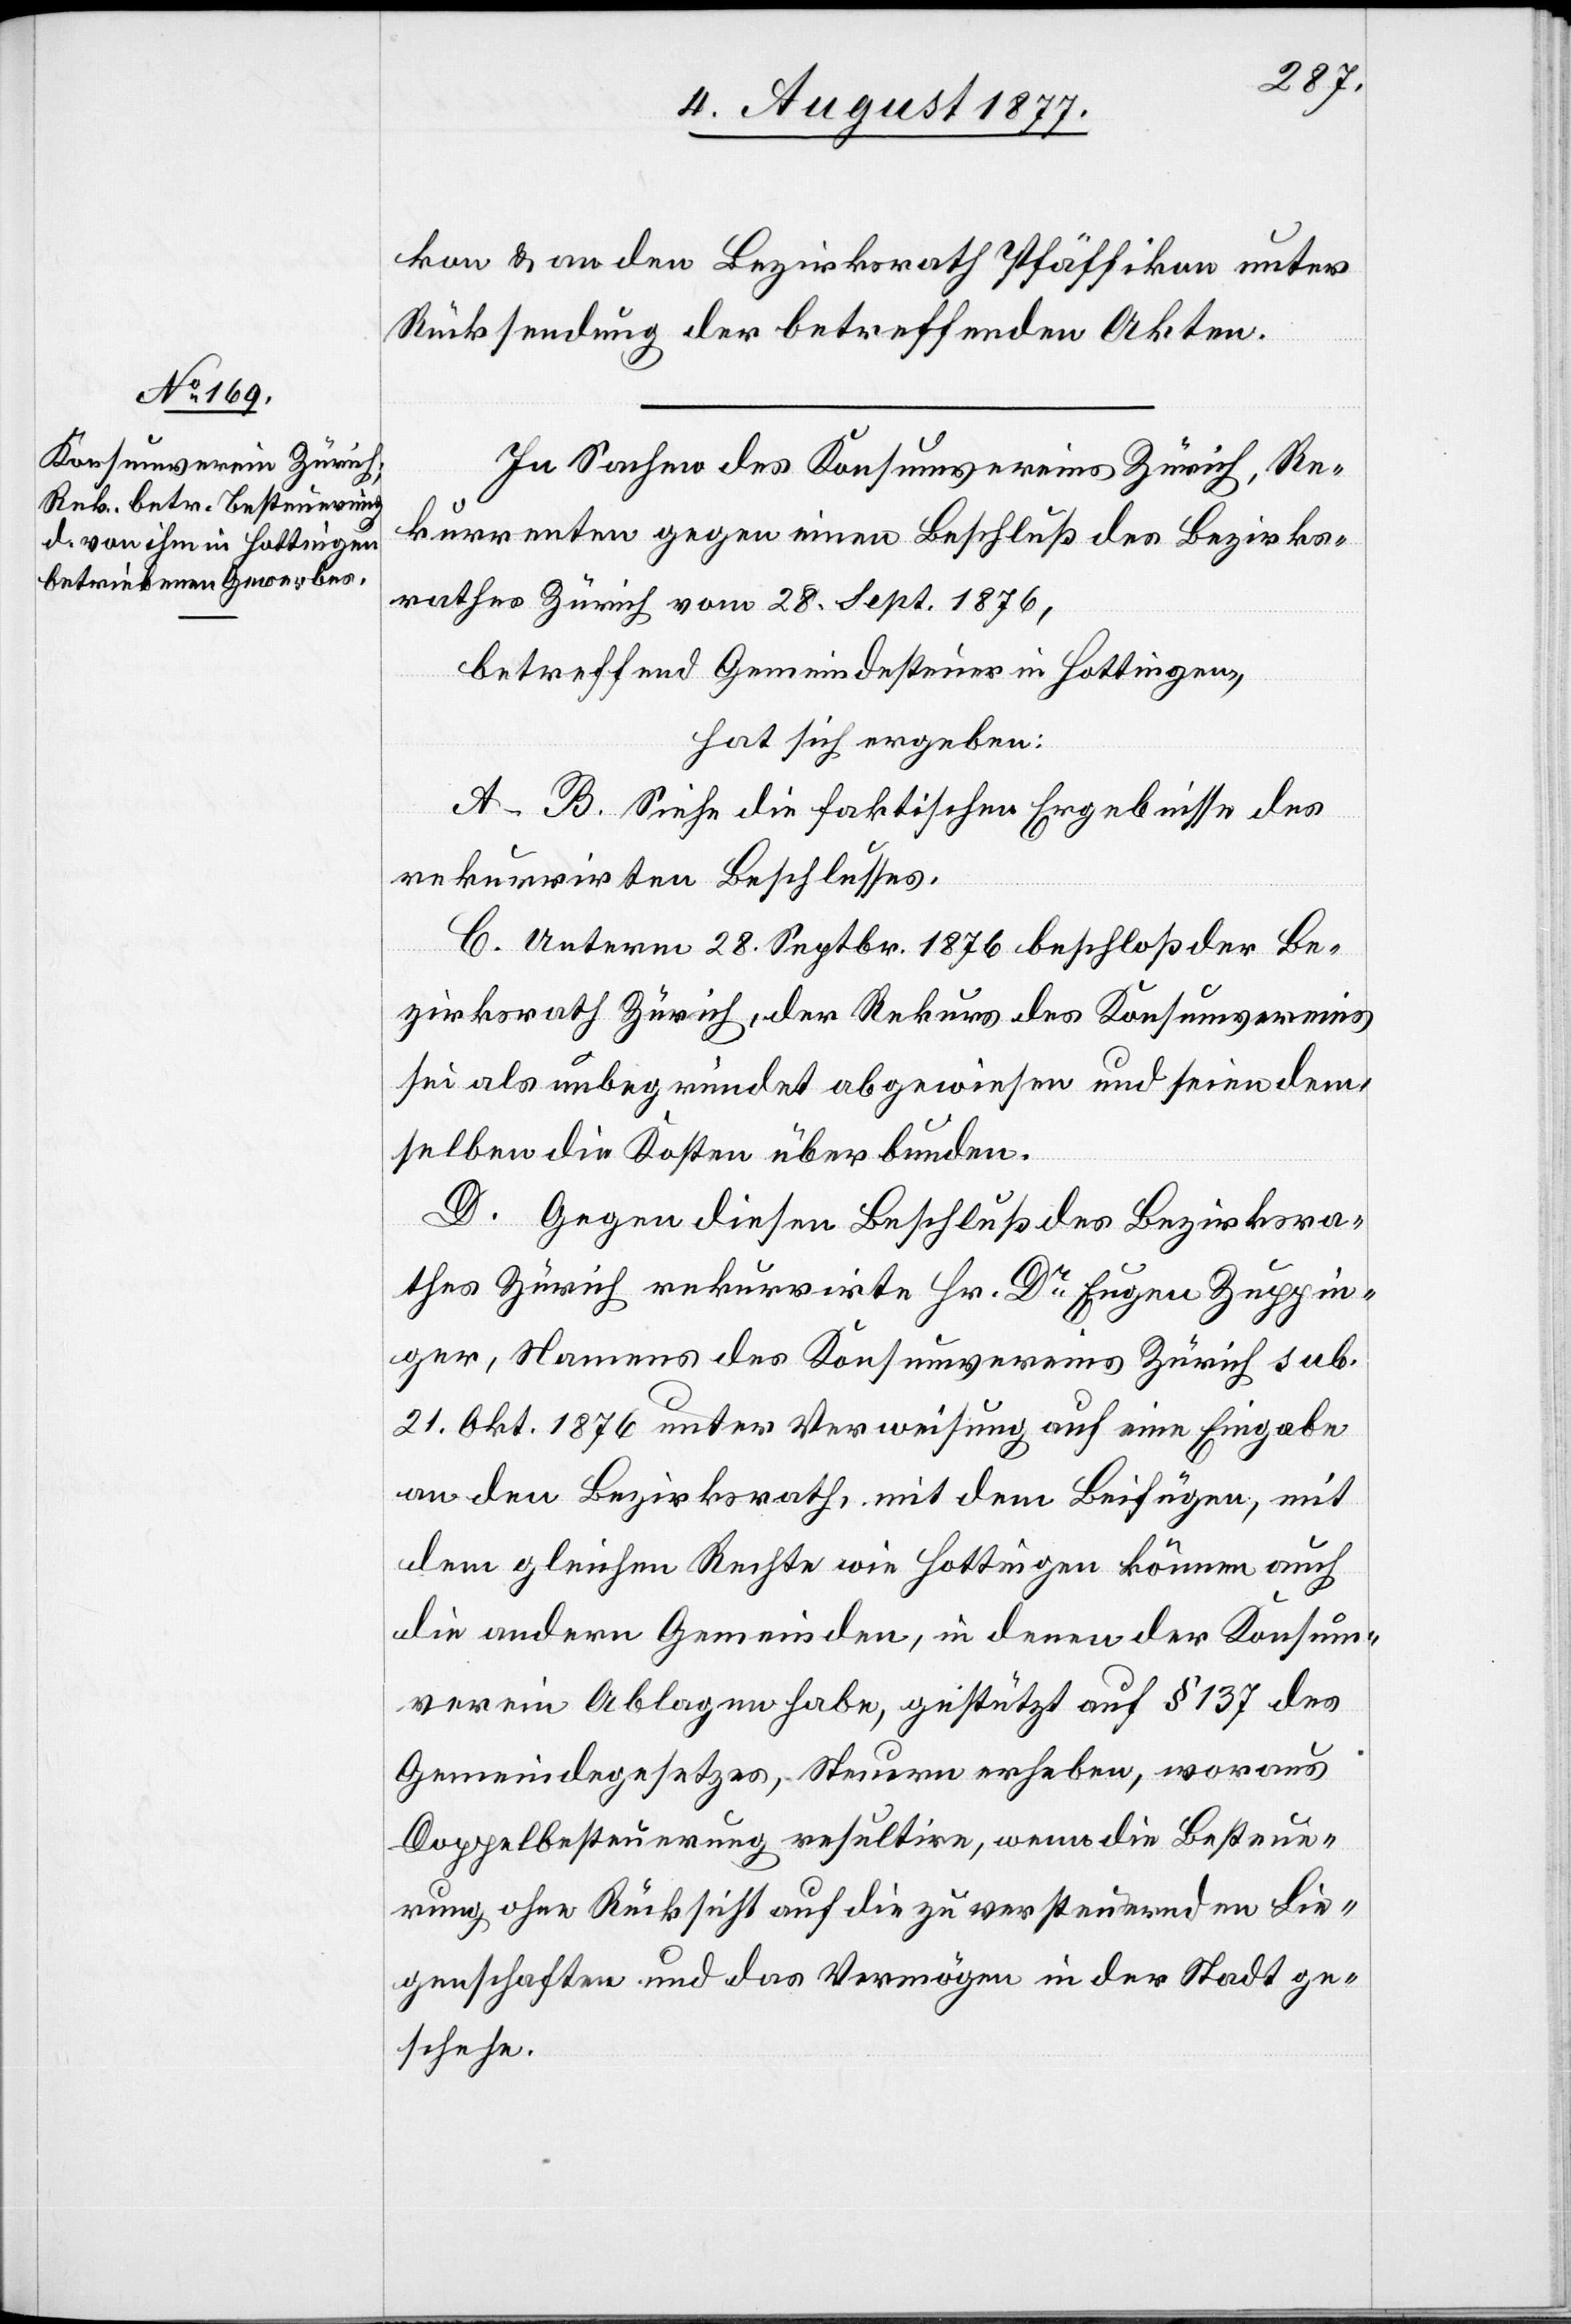
kon & an den Bezirksrath Pfäffikon unter
Rücksendung der betreffenden Akten.
In Sachen des Konsumvereins Zürich, Re¬
kurrenten gegen einen Beschluß des Bezirks¬
rathes Zürich vom 28. Sept. 1876,
betreffend Gemeindesteuer in Hottingen,
hat sich ergeben:
A–B. Siehe die faktischen Ergebnisse des
rekurrirten Beschlusses.
C. Unterm 28. Septbr. 1876 beschloß der Be¬
zirksrath Zürich, der Rekurs des Konsumvereins
sei als unbegründet abgewiesen und seien dem¬
selben die Kosten überbunden.
D. Gegen diesen Beschluß des Bezirksra¬
thes Zürich rekurrirte Hr. Dr Eugen Zuppin¬
ger, Namens des Konsumvereins Zürich sub.
21. Okt. 1876 unter Verweisung auf eine Eingabe
an den Bezirksrath, mit dem Beifügen, mit
dem gleichen Rechte wie Hottingen können auch
die andern Gemeinden, in denen der Konsum¬
verein Ablagen habe, gestützt auf § 137 des
Gemeindegesetzes, Steuern erheben, woraus
Doppelbesteuerung resultire, wenn die Besteue¬
rung ohne Rücksicht auf die zu versteuernden Lie¬
genschaften und das Vermögen in der Stadt ge¬
schehe.